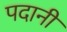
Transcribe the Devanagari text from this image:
पदानी